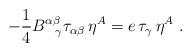
LaTeX: \begin{align*}-{1\over 4} B^{\alpha\beta}_{~~\gamma} \tau_{\alpha\beta}\,\eta^A = e\,\tau_\gamma\,\eta^A~.\end{align*}